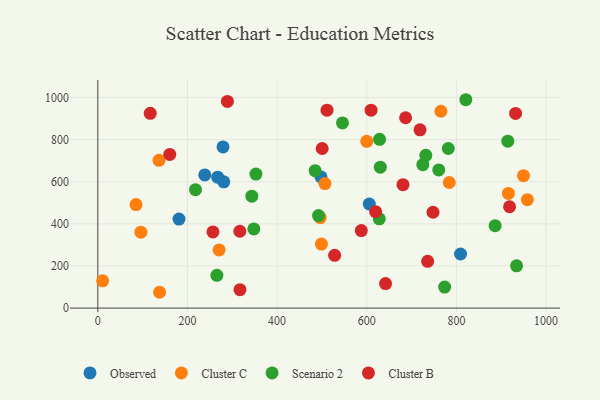
{"axis": {"x": "Price", "y": "Profit"}, "legend": ["Cluster B", "Cluster C", "Observed", "Scenario 2"], "data": [{"x": "281.0", "y": 599.6, "type": "Observed"}, {"x": "809.2", "y": 257.0, "type": "Observed"}, {"x": "279.3", "y": 765.5, "type": "Observed"}, {"x": "497.9", "y": 622.8, "type": "Observed"}, {"x": "605.6", "y": 494.3, "type": "Observed"}, {"x": "267.4", "y": 621.9, "type": "Observed"}, {"x": "238.6", "y": 632.4, "type": "Observed"}, {"x": "181.1", "y": 422.9, "type": "Observed"}, {"x": "96.1", "y": 360.4, "type": "Cluster C"}, {"x": "10.7", "y": 129.6, "type": "Cluster C"}, {"x": "506.7", "y": 591.5, "type": "Cluster C"}, {"x": "85.2", "y": 491.8, "type": "Cluster C"}, {"x": "765.4", "y": 934.9, "type": "Cluster C"}, {"x": "784.0", "y": 596.5, "type": "Cluster C"}, {"x": "496.1", "y": 429.9, "type": "Cluster C"}, {"x": "915.9", "y": 544.4, "type": "Cluster C"}, {"x": "136.5", "y": 701.9, "type": "Cluster C"}, {"x": "270.5", "y": 276.1, "type": "Cluster C"}, {"x": "137.7", "y": 75.1, "type": "Cluster C"}, {"x": "949.7", "y": 628.7, "type": "Cluster C"}, {"x": "498.8", "y": 304.2, "type": "Cluster C"}, {"x": "600.0", "y": 791.8, "type": "Cluster C"}, {"x": "958.3", "y": 514.9, "type": "Cluster C"}, {"x": "352.7", "y": 636.7, "type": "Scenario 2"}, {"x": "348.0", "y": 376.2, "type": "Scenario 2"}, {"x": "265.6", "y": 155.5, "type": "Scenario 2"}, {"x": "781.8", "y": 757.9, "type": "Scenario 2"}, {"x": "217.9", "y": 562.4, "type": "Scenario 2"}, {"x": "627.9", "y": 423.9, "type": "Scenario 2"}, {"x": "492.3", "y": 439.3, "type": "Scenario 2"}, {"x": "760.6", "y": 656.0, "type": "Scenario 2"}, {"x": "773.7", "y": 99.9, "type": "Scenario 2"}, {"x": "484.8", "y": 652.5, "type": "Scenario 2"}, {"x": "545.8", "y": 879.6, "type": "Scenario 2"}, {"x": "914.6", "y": 792.7, "type": "Scenario 2"}, {"x": "934.2", "y": 200.6, "type": "Scenario 2"}, {"x": "628.5", "y": 801.4, "type": "Scenario 2"}, {"x": "725.0", "y": 681.3, "type": "Scenario 2"}, {"x": "630.2", "y": 669.4, "type": "Scenario 2"}, {"x": "886.3", "y": 391.4, "type": "Scenario 2"}, {"x": "821.0", "y": 989.6, "type": "Scenario 2"}, {"x": "731.7", "y": 725.7, "type": "Scenario 2"}, {"x": "343.6", "y": 531.6, "type": "Scenario 2"}, {"x": "316.8", "y": 364.9, "type": "Cluster B"}, {"x": "317.1", "y": 87.6, "type": "Cluster B"}, {"x": "932.0", "y": 924.5, "type": "Cluster B"}, {"x": "680.8", "y": 586.3, "type": "Cluster B"}, {"x": "619.7", "y": 457.7, "type": "Cluster B"}, {"x": "918.6", "y": 481.3, "type": "Cluster B"}, {"x": "500.5", "y": 757.9, "type": "Cluster B"}, {"x": "718.8", "y": 846.5, "type": "Cluster B"}, {"x": "641.9", "y": 116.4, "type": "Cluster B"}, {"x": "609.6", "y": 940.0, "type": "Cluster B"}, {"x": "256.8", "y": 361.5, "type": "Cluster B"}, {"x": "735.8", "y": 222.3, "type": "Cluster B"}, {"x": "511.3", "y": 940.2, "type": "Cluster B"}, {"x": "587.8", "y": 368.0, "type": "Cluster B"}, {"x": "528.3", "y": 250.5, "type": "Cluster B"}, {"x": "289.1", "y": 981.5, "type": "Cluster B"}, {"x": "160.5", "y": 729.9, "type": "Cluster B"}, {"x": "686.6", "y": 904.1, "type": "Cluster B"}, {"x": "747.8", "y": 455.1, "type": "Cluster B"}, {"x": "116.9", "y": 925.0, "type": "Cluster B"}]}